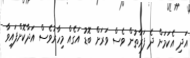
އަދި އެކަމަށް ދެ ފަރާތުން ވެސް ވަރަށް ބޮޑު އަގެއް މިހާރުވެސް އަދާކޮށްފައިވާ